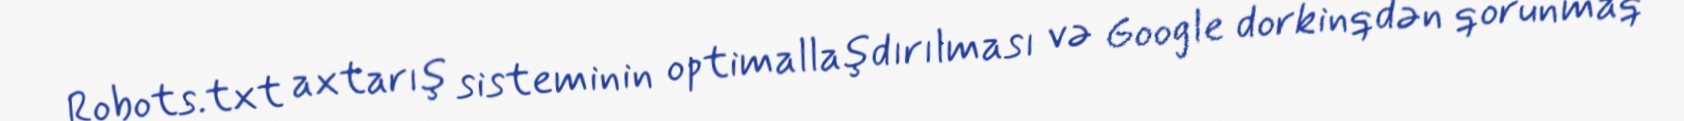
Robots.txt axtarış sisteminin optimallaşdırılması və Google dorkinqdən qorunmaq